Malaria in the Duars
Disease focus: Malaria
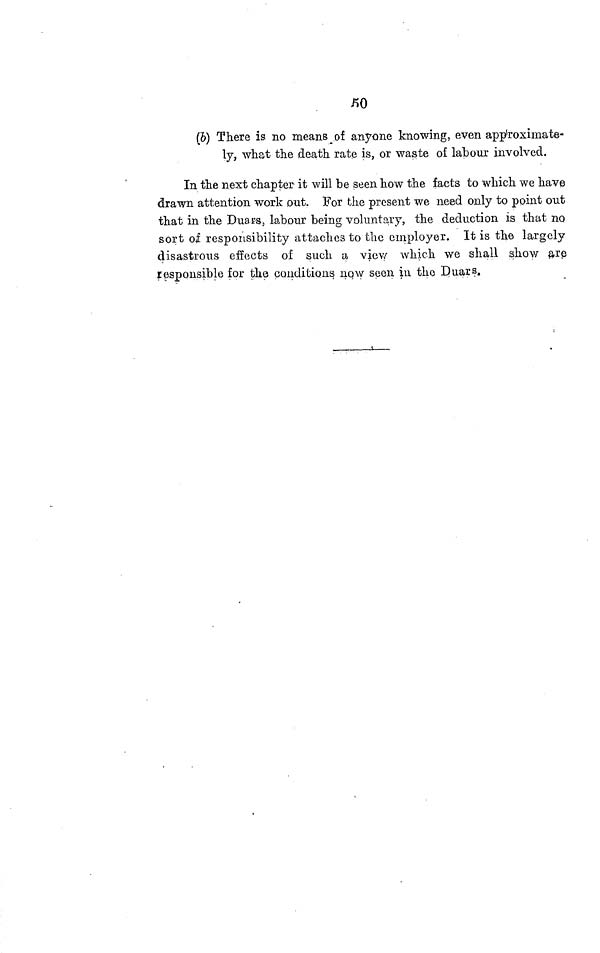
50
(b) There is no means _ of anyone knowing, even approximate-
ly, what the death rate is, or waste of labour involved.
In the next chapter it will be seen how the facts to which we have
drawn attention work out. For the present we need only to point out
that in the Duars labour being voluntary, the deduction is that no
sort of responsibility attaches to the employer. It is the largely
disastrous effects of such a view which we shall show are
responsible for the conditions now seen in the Duars.